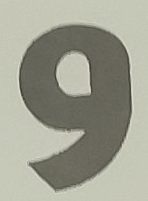
و